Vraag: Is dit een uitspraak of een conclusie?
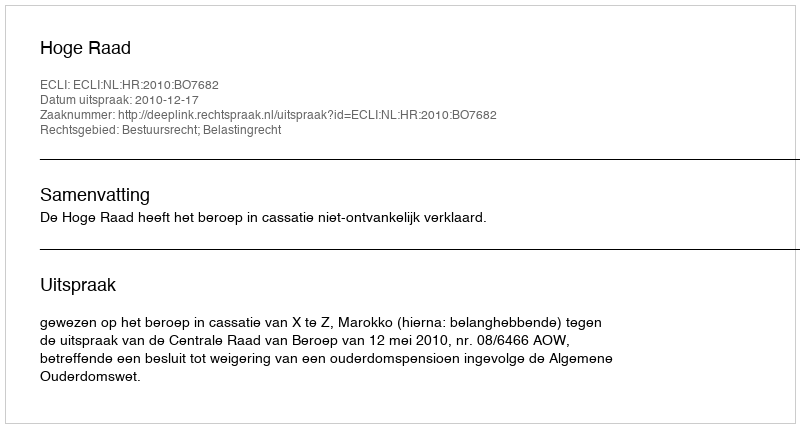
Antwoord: Uitspraak